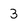
Character: 3